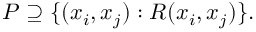
P \supseteq \{ ( x _ { i } , x _ { j } ) : R ( x _ { i } , x _ { j } ) \} .